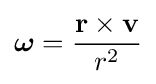
{\boldsymbol {\omega }}={\frac {\mathbf {r} \times \mathbf {v} }{r^{2}}}